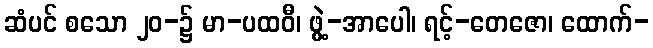
ဆံပင် စသော ၂၀-၌ မာ-ပထဝီ၊ ဖွဲ့-အာပေါ၊ ရင့်-တေဇော၊ ထောက်-